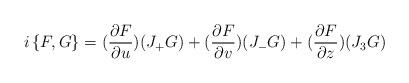
LaTeX: \begin{align*}i\left\{ F,G\right\} =(\frac{\partial F}{\partial u})(J_{+}G)+(\frac{\partial F}{\partial v})(J_{-}G)+(\frac{\partial F}{\partial z})(J_{3}G)\end{align*}